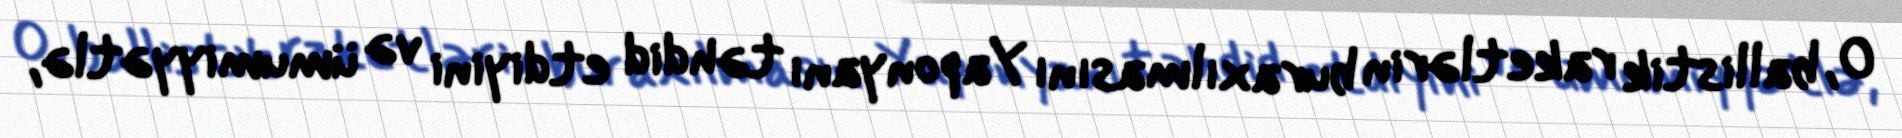
O, ballistik raketlərin buraxılmasını Yaponyanı təhdid etdiyini və ümumiyyətlə,